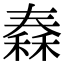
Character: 𥠼